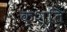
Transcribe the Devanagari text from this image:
क्शति